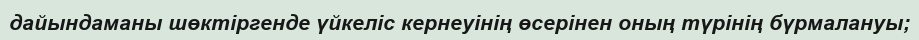
дайындаманы шөктіргенде үйкеліс кернеуінің өсерінен оның түрінің бүрмалануы;